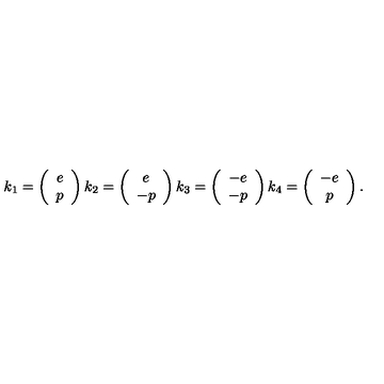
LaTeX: k _ { 1 } = \left( \begin{array} { c } { e } \\ { p } \\ \end{array} \right) k _ { 2 } = \left( \begin{array} { c } { e } \\ { - p } \\ \end{array} \right) k _ { 3 } = \left( \begin{array} { c } { - e } \\ { - p } \\ \end{array} \right) k _ { 4 } = \left( \begin{array} { c } { - e } \\ { p } \\ \end{array} \right) .